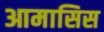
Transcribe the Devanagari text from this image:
आमासिस